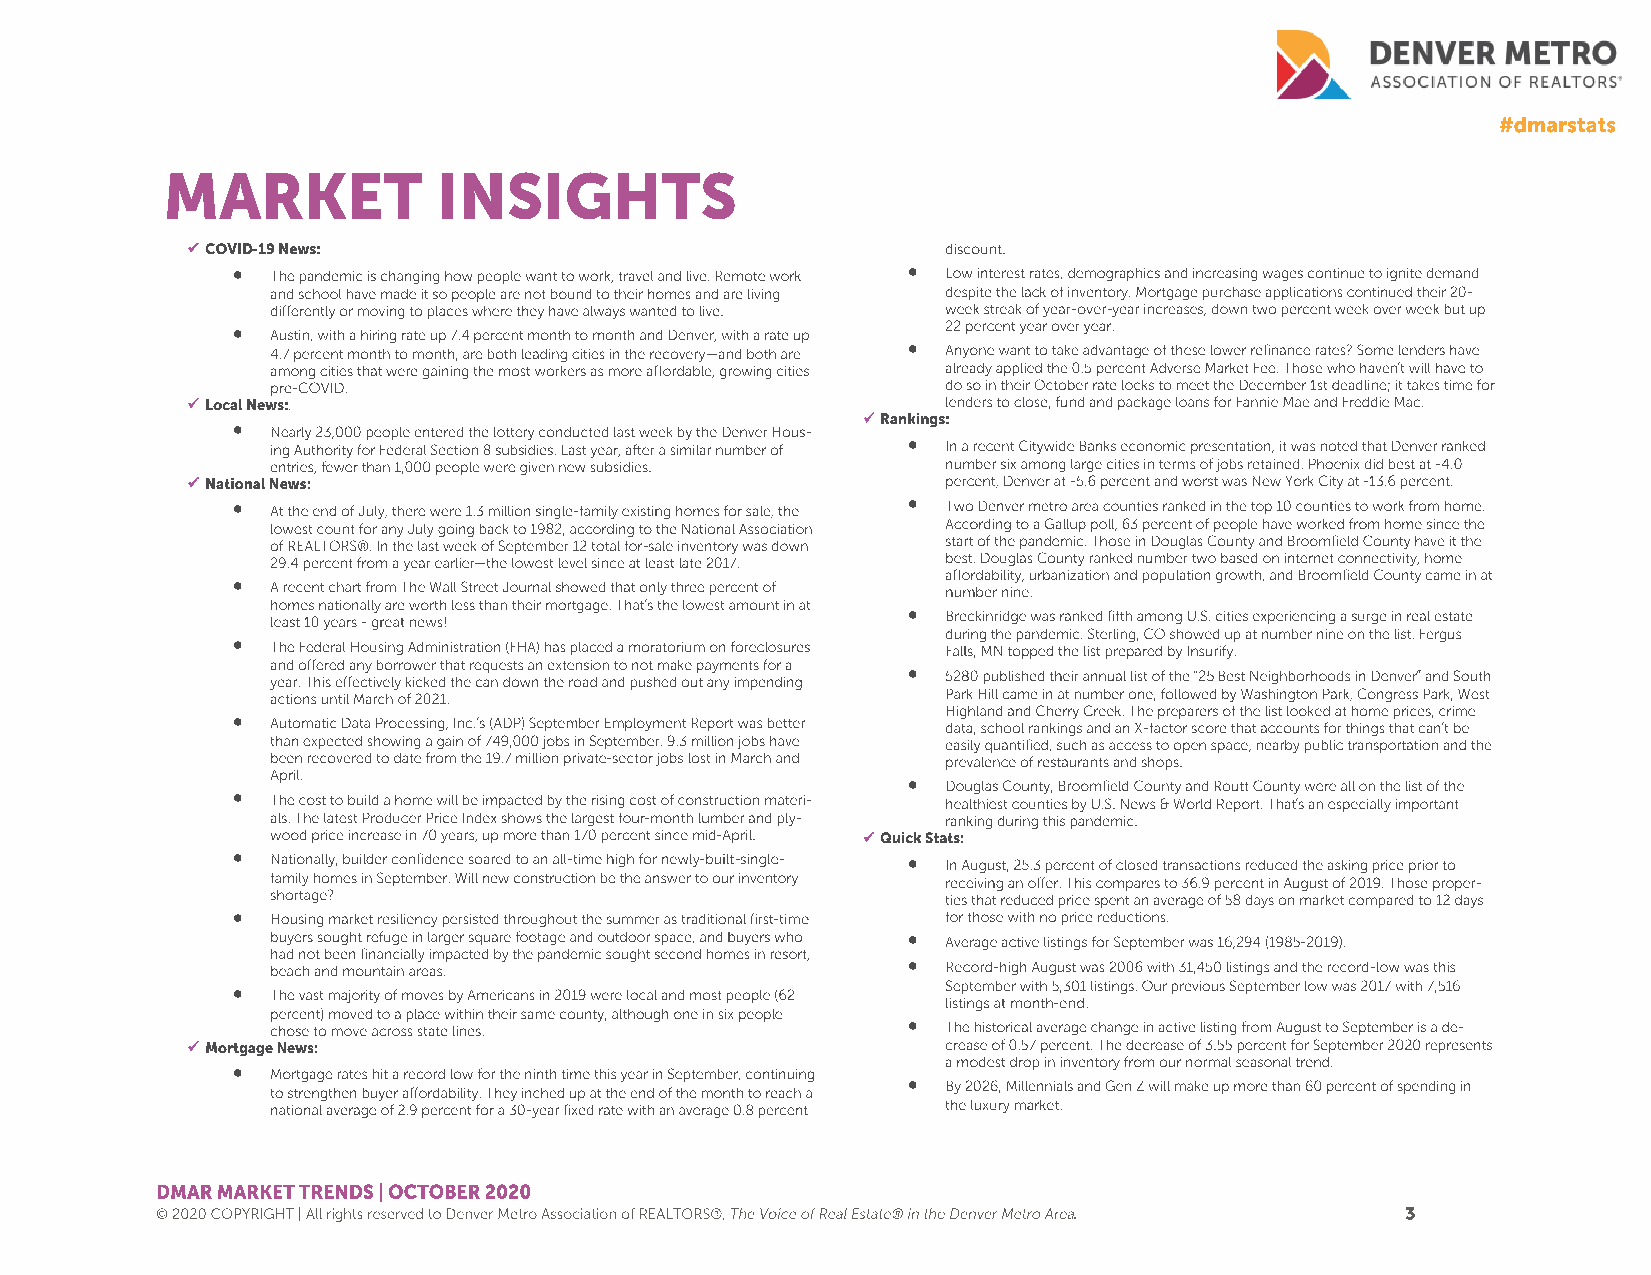

                                             
 
 
 
 
 
 
 
                                             
 
 
 
 
 
 
 
 
                                             
 
 
 
 
 
 
 
 